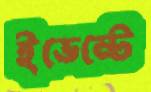
ইভেন্টে